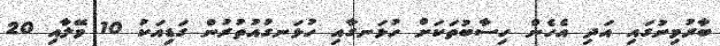
ބާރުމިނުގައި އަދި އެހެން ހިސާބުތަކަށް ހުޅަނގާއި ހުޅަނގުއުތުރުން ގަޑިއަކު 10 މޭލާއި 20